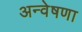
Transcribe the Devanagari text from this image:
अन्वेषणा